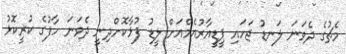
މެޗުގެ ދެވަނަ ލަނޑު ޖަހައި ޕީޑީއާރުއެމްއަށް ލީޑު ފުޅާކޮށްދިނީ ދެވަނަ ހާފުގެ ކުރީކޮޅު